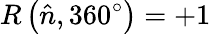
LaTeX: R\left({\hat{n}},360^{\circ}\right)=+1